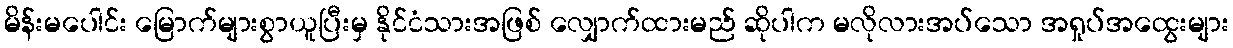
မိန်းမပေါင်း မြောက်များစွာယူပြီးမှ နိုင်ငံသားအဖြစ် လျှောက်ထားမည် ဆိုပါက မလိုလားအပ်သော အရှုပ်အထွေးများ